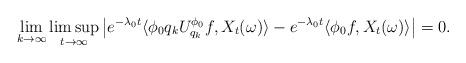
LaTeX: \begin{align*}\lim_{k\to\infty}\limsup_{t\to\infty}\left|e^{-\lambda_{0}t}\langle\phi_0q_kU^{\phi_0}_{q_k}f, X_t(\omega)\rangle-e^{-\lambda_{0}t}\langle\phi_0f, X_t(\omega)\rangle\right|=0.\end{align*}